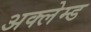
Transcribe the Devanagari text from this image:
अक्लेम्ड